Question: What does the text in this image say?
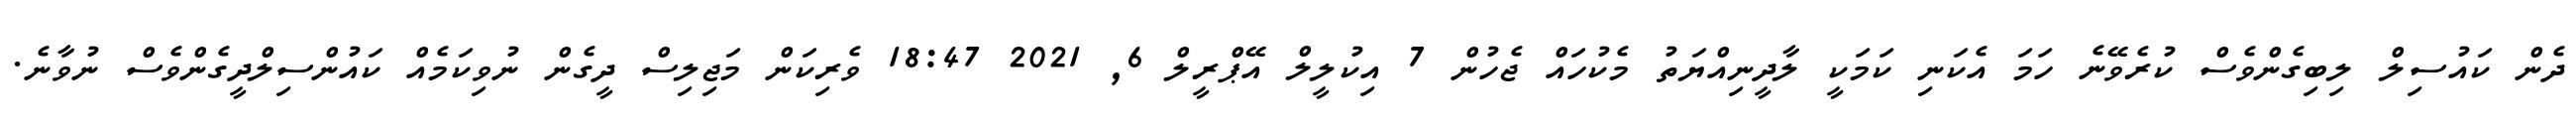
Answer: ދެން ކައުސިލް ލިބިގެންވެސް ކުރެވޭނެ ހަމަ އެކަނި ކަމަކީ ލާދީނިއްޔަތު މެކުހައް ޖެހުން 7 އިކުލީލް އޭޕްރީލް 6, 2021 18:47 ވެރިކަން މަޖިލިސް ދީގެން ނުވިކަމެއް ކައުންސިލްދީގެންވެސް ނުވާނެ.